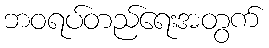
ဘဝရပ်တည်ရေးအတွက်